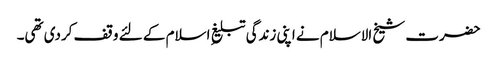
حضرت شیخ الاسلام نے اپنی زندگی تبلیغِ اسلام کے لئے وقف کردی تھی۔